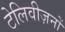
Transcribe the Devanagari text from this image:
टेलिवीज़नों